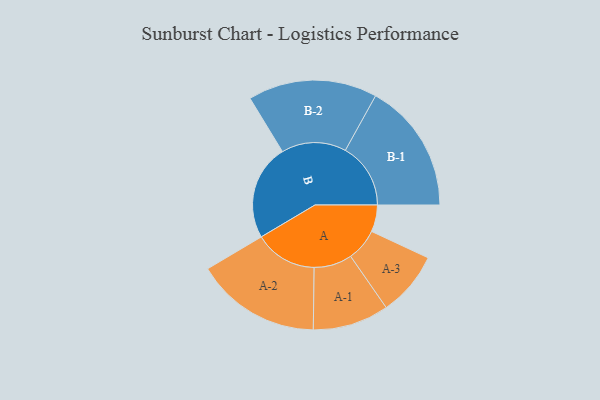
{"axis": {"x": "Segment", "y": "Value"}, "legend": ["", "A", "B"], "data": [{"x": "A", "y": 121, "type": ""}, {"x": "B", "y": 432, "type": ""}, {"x": "A-1", "y": 172, "type": "A"}, {"x": "A-2", "y": 283, "type": "A"}, {"x": "A-3", "y": 146, "type": "A"}, {"x": "B-1", "y": 295, "type": "B"}, {"x": "B-2", "y": 292, "type": "B"}]}